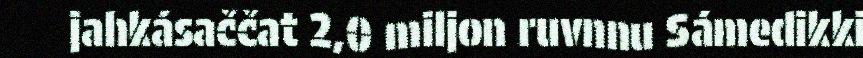
jahkásaččat 2,0 miljon ruvnnu Sámedikki